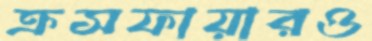
ক্রসফায়ারও